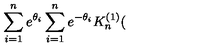
\sum _ { i = 1 } ^ { n } e ^ { \theta _ { i } } \sum _ { i = 1 } ^ { n } e ^ { - \theta _ { i } } K _ { n } ^ { ( 1 ) } (